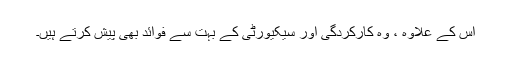
اس کے علاوہ ، وہ کارکردگی اور سیکیورٹی کے بہت سے فوائد بھی پیش کرتے ہیں۔